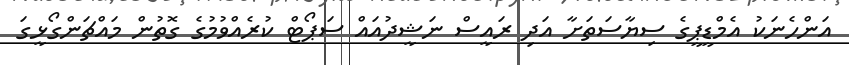
އަންހެނަކު އެމްޑީޕީގެ ސިޔާސަތަށާ އަދި ރައީސް ނަޝީދުއައް ސަޕޯޓް ކުރެއްވުމުގެ ގޮތުން މައްޗަންގޯޅީގަ